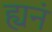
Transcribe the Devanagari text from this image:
ह्यनं